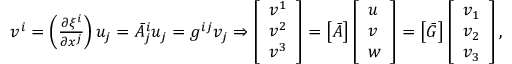
\begin{array} { r } { v ^ { i } = \left( \frac { \partial \xi ^ { i } } { \partial x ^ { j } } \right) u _ { j } = \bar { A } _ { j } ^ { i } u _ { j } = g ^ { i j } v _ { j } \Rightarrow \left[ \begin{array} { l } { v ^ { 1 } } \\ { v ^ { 2 } } \\ { v ^ { 3 } } \end{array} \right] = \left[ \boldsymbol { \bar { A } } \right] \left[ \begin{array} { l } { u } \\ { v } \\ { w } \end{array} \right] = \left[ \boldsymbol { \bar { G } } \right] \left[ \begin{array} { l } { v _ { 1 } } \\ { v _ { 2 } } \\ { v _ { 3 } } \end{array} \right] , } \end{array}